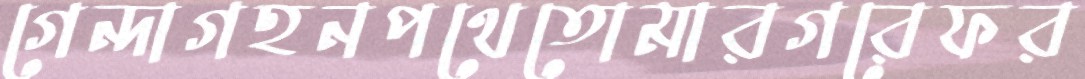
গেন্দাগহনপথেতোমারগরেফর